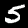
Label: 5